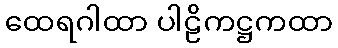
ထေရဂါထာ ပါဠိကဋ္ဌကထာ